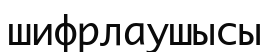
шифрлаушысы